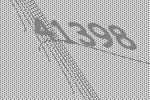
41398